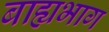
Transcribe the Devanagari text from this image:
बाह्यभाग